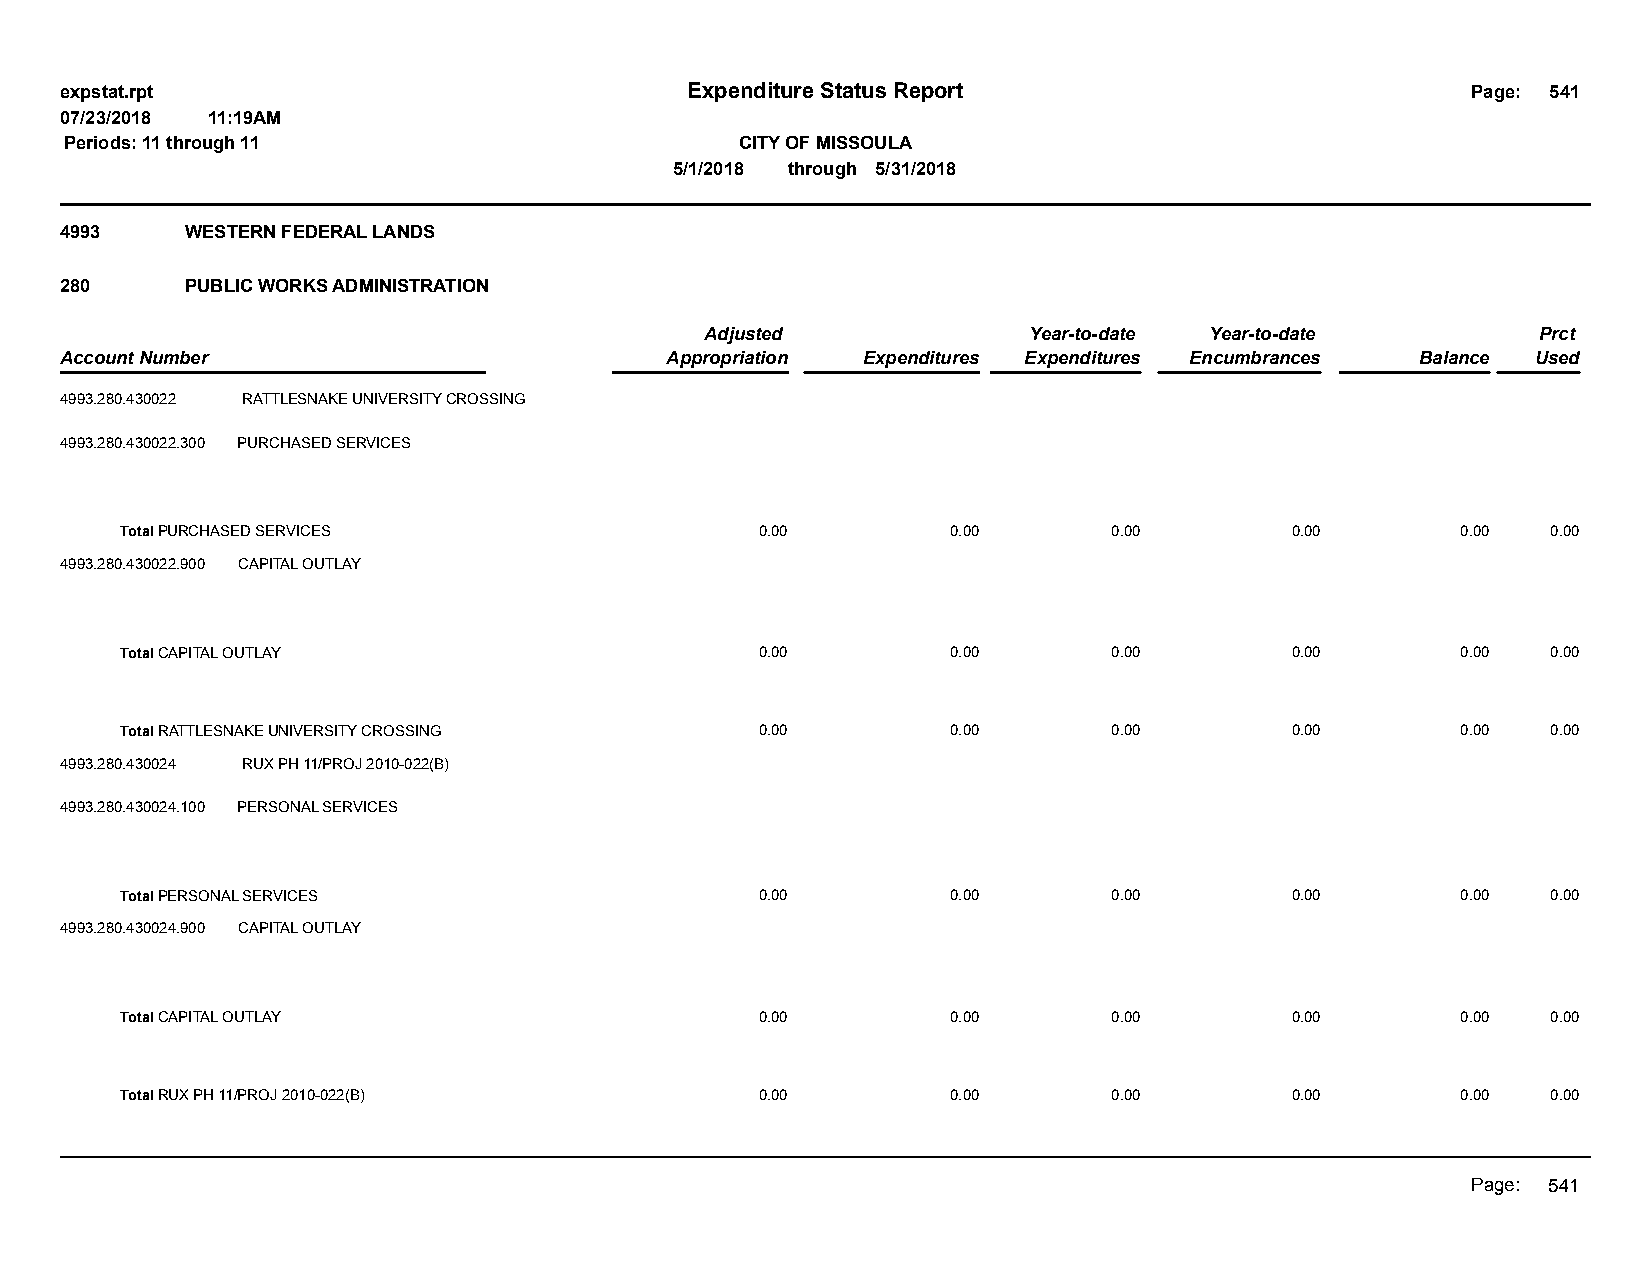
expstat.rpt                              Expenditure Status Report                           Page: 541
 07/23/2018 11:19AM
 Periods: 11 through 11                       CITY OF MISSOULA
 5/1/2018 through 5/31/2018
 4993    WESTERN FEDERAL LANDS
 280     PUBLIC WORKS ADMINISTRATION
 Adjusted             Year-to-date Year-to-date         Prct
 Account Number                          Appropriation Expenditures Expenditures Encumbrances Balance Used
 4993.280.430022 RATTLESNAKE UNIVERSITY CROSSING
 4993.280.430022.300 PURCHASED SERVICES
 Total PURCHASED SERVICES                  0.00         0.00       0.00       0.00        0.00  0.00
 4993.280.430022.900 CAPITAL OUTLAY
 Total CAPITAL OUTLAY                      0.00         0.00       0.00       0.00        0.00  0.00
 Total RATTLESNAKE UNIVERSITY CROSSING     0.00         0.00       0.00       0.00        0.00  0.00
 4993.280.430024 RUX PH 11/PROJ 2010-022(B)
 4993.280.430024.100 PERSONAL SERVICES
 Total PERSONAL SERVICES                   0.00         0.00       0.00       0.00        0.00  0.00
 4993.280.430024.900 CAPITAL OUTLAY
 Total CAPITAL OUTLAY                      0.00         0.00       0.00       0.00        0.00  0.00
 Total RUX PH 11/PROJ 2010-022(B)          0.00         0.00       0.00       0.00        0.00  0.00
 Page: 541